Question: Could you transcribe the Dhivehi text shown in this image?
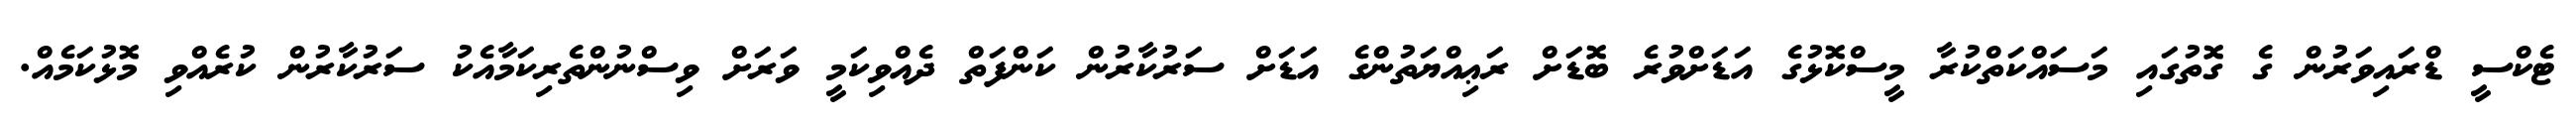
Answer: ޓެކްސީ ޑްރައިވަރުން ގެ ގޮތުގައި މަސައްކަތްކުރާ މީސްކޮޅުގެ އަޑަށްވުރެ ބޮޑަށް ރަޢިއްޔަތުންގެ އަޑަށް ސަރުކާރުން ކަންފަތް ދެއްވިކަމީ ވަރަށް ވިސްނުންތެރިކަމާއެކު ސަރުކާރުން ކުރެއްވި މޮޅުކަމެއް.